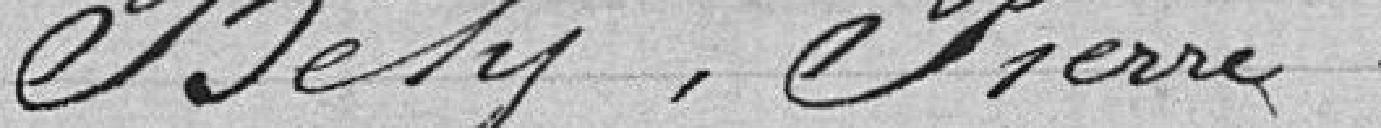
Bély, Pierre